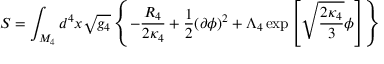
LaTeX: { \cal S } = \int _ { M _ { 4 } } d ^ { 4 } x \sqrt { g _ { 4 } } \left\{ - \frac { R _ { 4 } } { 2 \kappa _ { 4 } } + \frac { 1 } { 2 } ( \partial \phi ) ^ { 2 } + \Lambda _ { 4 } \exp \left[ \sqrt { \frac { 2 \kappa _ { 4 } } { 3 } } \phi \right] \right\}